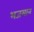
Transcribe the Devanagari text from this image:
भजमान